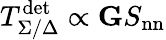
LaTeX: T_{\Sigma/\Delta}^{\mathrm{det}}\propto\mathbf{G}S_{\mathrm{nn}}